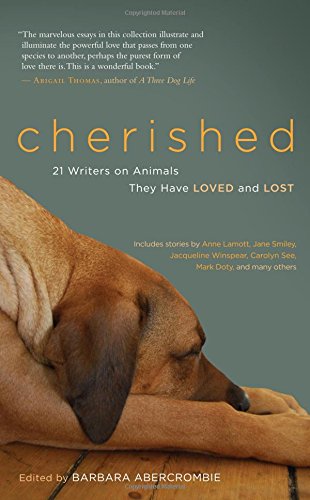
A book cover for Cherished: 21 Writers on Animals They Have Loved and Lost; Crafts, Hobbies & Home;